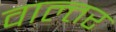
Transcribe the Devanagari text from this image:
वाल्तर